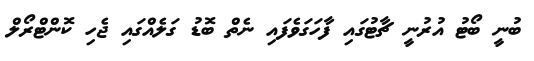
ބުނީ ބޯޓު އުރުނީ ޗާޓުގައި ފާހަގަވެފައި ނެތް ބޮޑު ގަލެއްގައި ޖެހި ކޮންޓްރޯލް